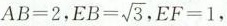
$$AB=2$$， $$EB= \sqrt{3}$$,$$EF=1$$，